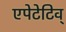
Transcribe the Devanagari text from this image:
एपेटेटिव्